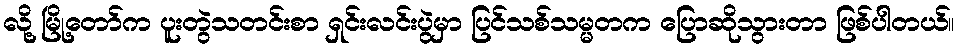
လို့ မြို့တော်က ပူးတွဲသတင်းစာ ရှင်းလင်းပွဲမှာ ပြင်သစ်သမ္မတက ပြောဆိုသွားတာ ဖြစ်ပါတယ်။